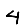
Digit: 4